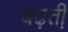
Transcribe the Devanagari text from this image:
बढ़ती़